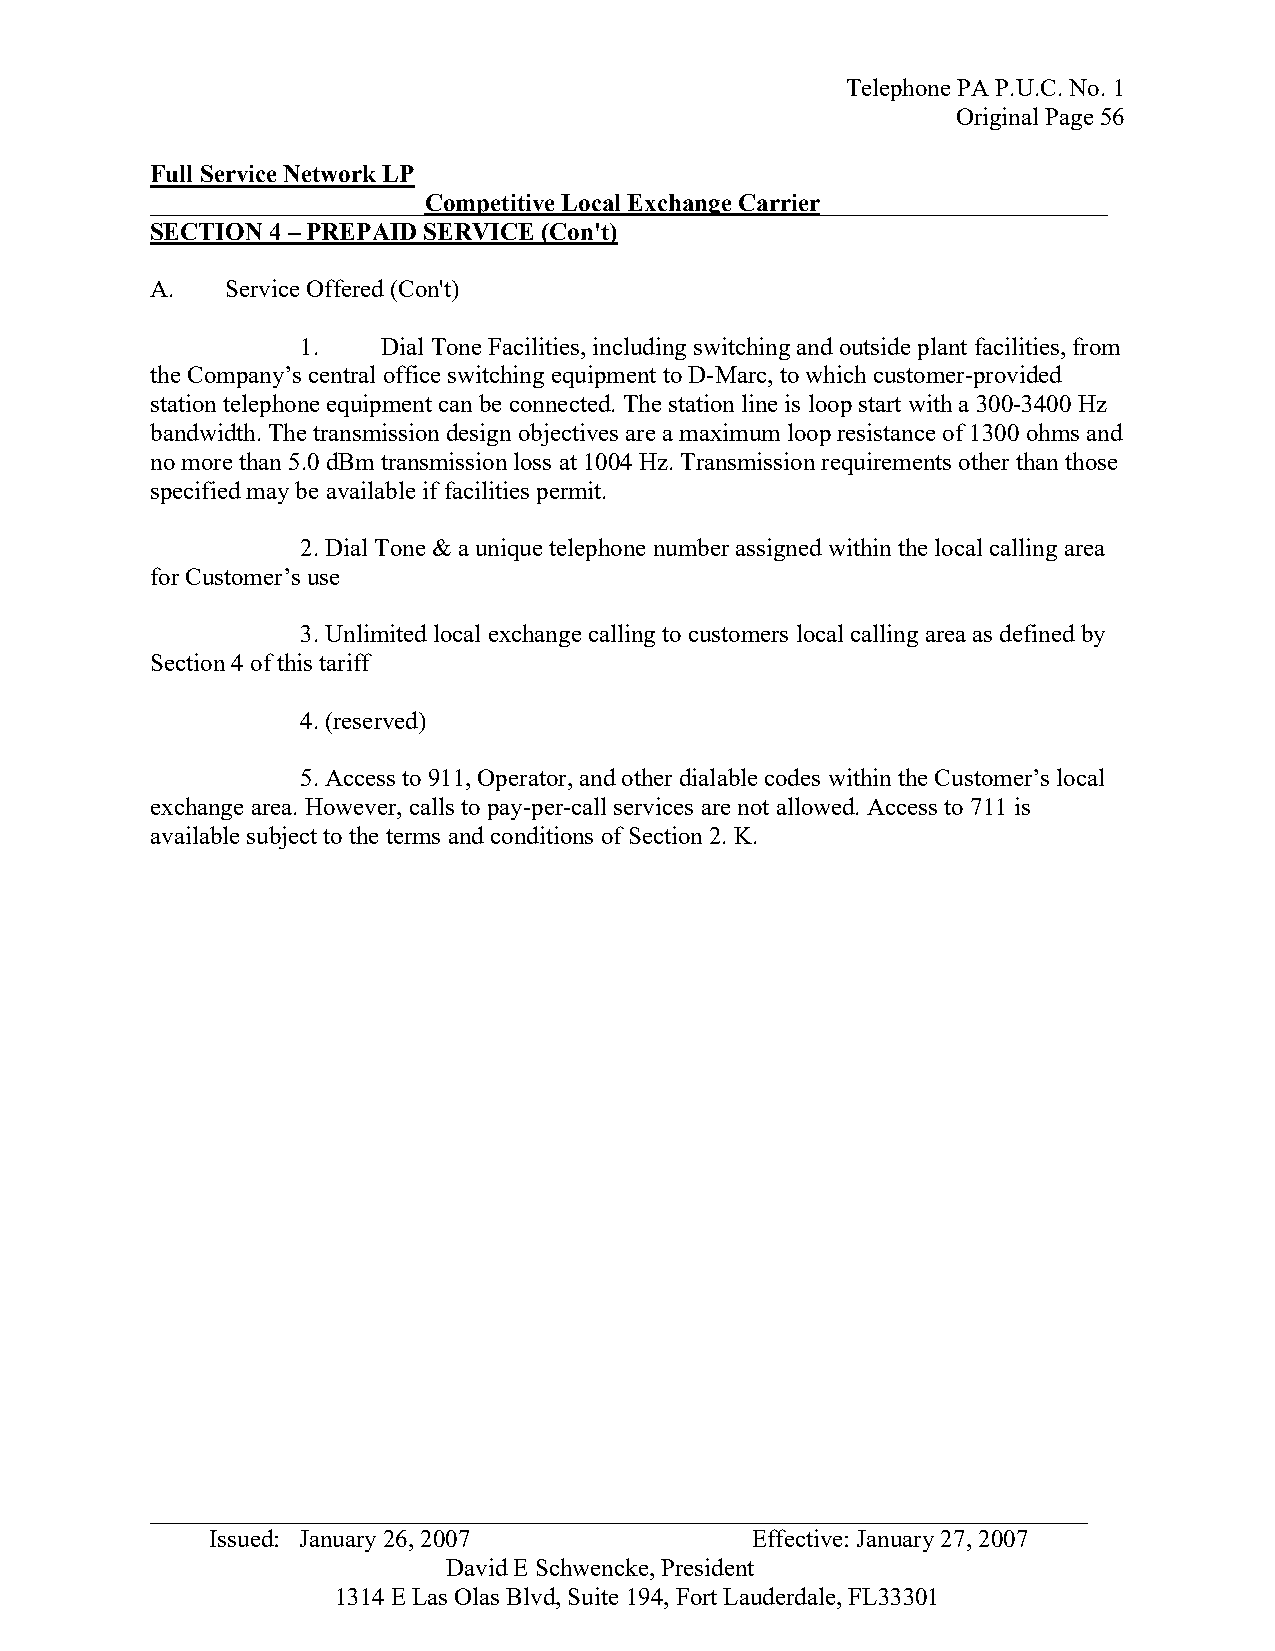
Telephone PA P.U.C. No. 1
 Original Page 56
 Full Service Network LP
 ______________________Competitive Local Exchange Carrier_______________________
 SECTION 4 – PREPAID SERVICE (Con't)
 A.   Service Offered (Con't)
 1.   Dial Tone Facilities, including switching and outside plant facilities, from
 the Company’s central office switching equipment to D-Marc, to which customer-provided
 station telephone equipment can be connected. The station line is loop start with a 300-3400 Hz
 bandwidth. The transmission design objectives are a maximum loop resistance of 1300 ohms and
 no more than 5.0 dBm transmission loss at 1004 Hz. Transmission requirements other than those
 specified may be available if facilities permit.
 2. Dial Tone & a unique telephone number assigned within the local calling area
 for Customer’s use
 3. Unlimited local exchange calling to customers local calling area as defined by
 Section 4 of this tariff
 4. (reserved)
 5. Access to 911, Operator, and other dialable codes within the Customer’s local
 exchange area. However, calls to pay-per-call services are not allowed. Access to 711 is
 available subject to the terms and conditions of Section 2. K.
 _ __________________________________________________________________________
 Issued: January 26, 2007            Effective: January 27, 2007
 David E Schwencke, President
 1314 E Las Olas Blvd, Suite 194, Fort Lauderdale, FL33301